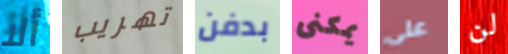
ألا تهريب بدفن يمكنى على لن